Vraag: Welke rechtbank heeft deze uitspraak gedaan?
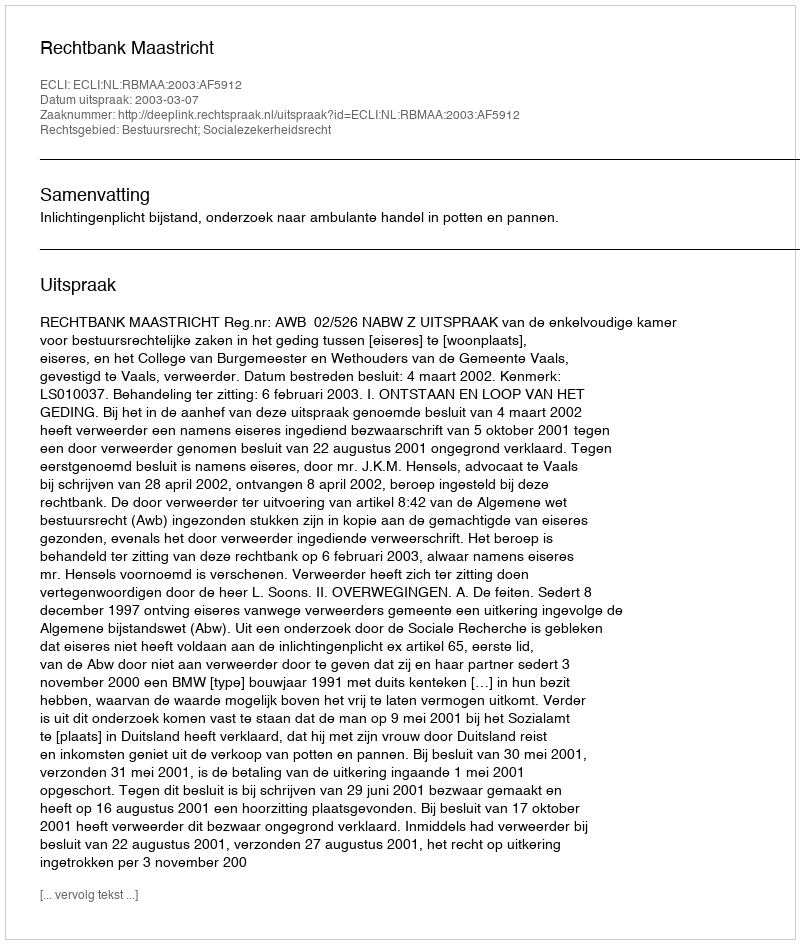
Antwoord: Rechtbank Maastricht